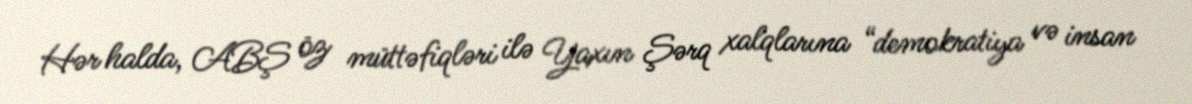
Hər halda, ABŞ öz müttəfiqləri ilə Yaxın Şərq xalqlarına “demokratiya və insan